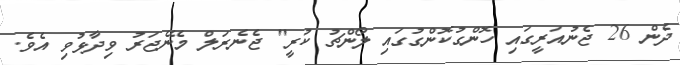
ދެން 26 ޖެނުއަރީގައި ހޮންގުކޮންގުގައި ލޯންޗު ކުރީ" ޖެނެރަލް މެނޭޖަރު ވިދާޅުވި އެވެ.